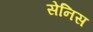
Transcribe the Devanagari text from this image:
सेनिस